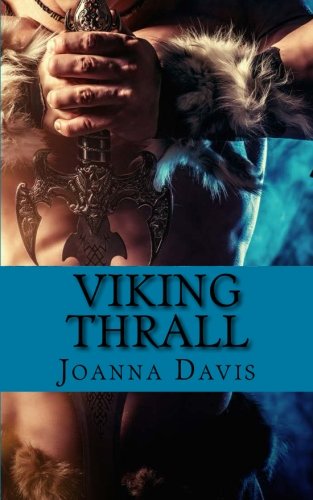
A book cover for Viking Thrall; Joanna Davis; Romance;